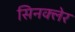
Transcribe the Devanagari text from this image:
सिनक्लेर